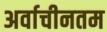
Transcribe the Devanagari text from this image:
अर्वाचीनतम